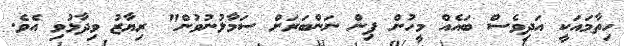
ހިތާމައަކީ އަދިވެސް ބައެއް މީހުން ޕިން ނަންބަރަށް ސަމާލުނުވުން" ރިޔާޒު ވިދާޅުވި އެވެ.